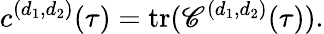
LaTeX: c^{(d_{1},d_{2})}(\tau)=\mathrm{tr}(\mathscr{C}^{(d_{1},d_{2})}(\tau)).